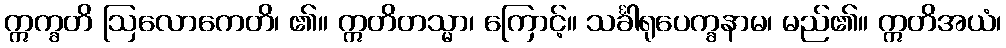
ဣက္ခတိ ဩလောကေတိ၊ ၏။ ဣတိတသ္မာ၊ ကြောင့်။ သင်္ခါရုပေက္ခနာမ၊ မည်၏။ ဣတိအယံ၊